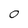
Character: 0